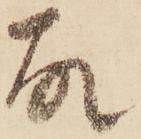
故